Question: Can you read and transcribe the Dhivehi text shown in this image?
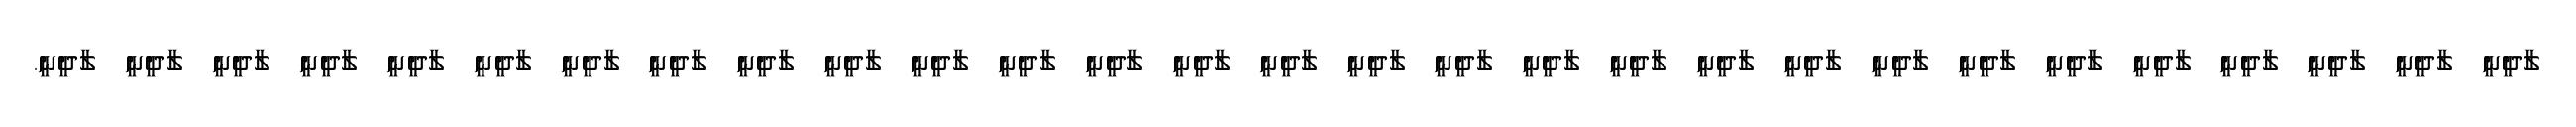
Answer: ލާދީނީ ލާދީނީ ލާދީނީ ލާދީނީ ލާދީނީ ލާދީނީ ލާދީނީ ލާދީނީ ލާދީނީ ލާދީނީ ލާދީނީ ލާދީނީ ލާދީނީ ލާދީނީ ލާދީނީ ލާދީނީ ލާދީނީ ލާދީނީ ލާދީނީ ލާދީނީ ލާދީނީ ލާދީނީ ލާދީނީ ލާދީނީ ލާދީނީ ލާދީނީ ލާދީނީ ލާދީނީ ލާދީނީ.